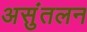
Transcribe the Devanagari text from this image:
असुंतलन